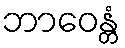
ဘာဝေန္တံ